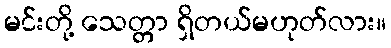
မင်းတို့ သေတ္တာ ရှိတယ်မဟုတ်လား။